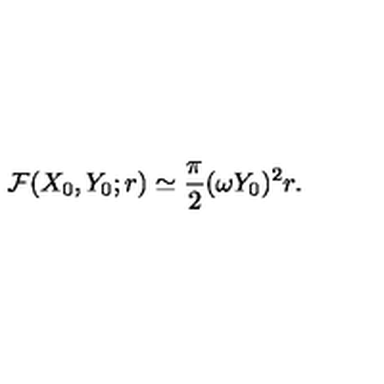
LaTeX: { \cal F } ( X _ { 0 } , Y _ { 0 } ; r ) \simeq \frac { \pi } { 2 } ( \omega Y _ { 0 } ) ^ { 2 } r .